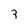
Character: 3